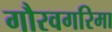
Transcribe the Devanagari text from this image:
गौरवगरिमा